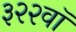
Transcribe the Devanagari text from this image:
३२२वॉ